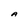
Character: A